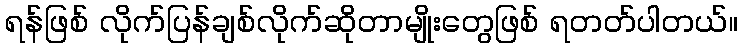
ရန်ဖြစ် လိုက်ပြန်ချစ်လိုက်ဆိုတာမျိုးတွေဖြစ် ရတတ်ပါတယ်။